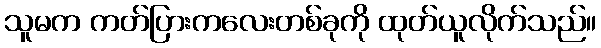
သူမက ကတ်ပြားကလေးတစ်ခုကို ထုတ်ယူလိုက်သည်။